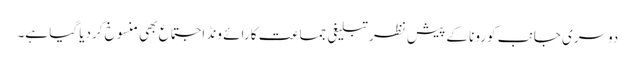
دوسری جانب کورونا کے پیش نظر تبلیغی جماعت کا رائے ونڈ اجتماع بھی منسوخ کردیا گیا ہے۔